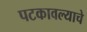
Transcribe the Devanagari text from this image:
पटकावल्याचे